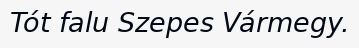
Tót falu Szepes Vármegy.